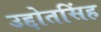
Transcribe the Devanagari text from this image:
उद्दोतसिंह